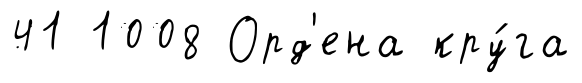
41 1008 Орд'ена кру́га